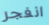
انفجر